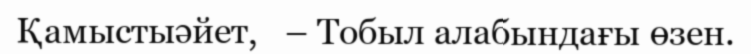
Қамыстыәйет,   – Тобыл алабындағы өзен.